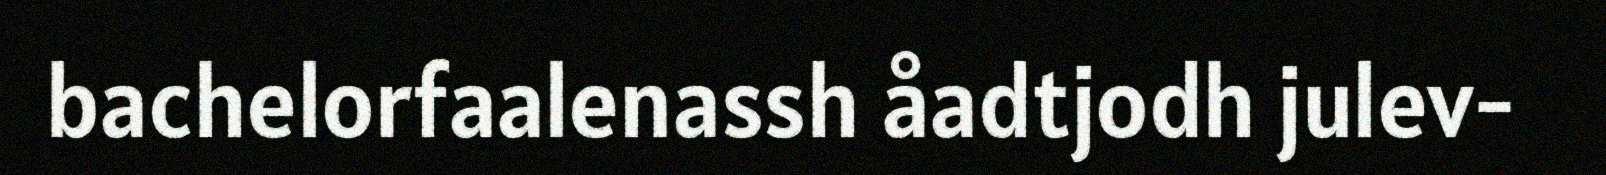
bachelorfaalenassh åadtjodh julev-